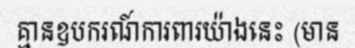
គ្មានឧបករណ៍ការពារយ៉ាងនេះ (មាន